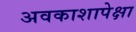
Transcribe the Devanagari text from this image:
अवकाशापेक्षा